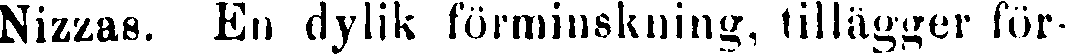
Nizzas. En dylik förminskning, tillägger för-